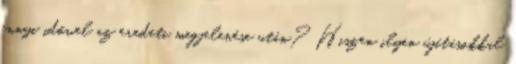
ennyi idővel az eredeti megjelenése után? Hiszen ilyen újításokkal